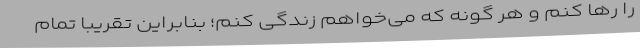
را رها کنم و هر گونه که می‌خواهم زندگی کنم؛ بنابراین تقریبا تمام